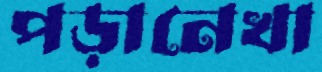
পড়ানেখা